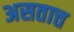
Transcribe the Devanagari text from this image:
असतात्त